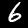
Digit: 6